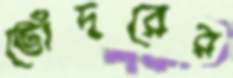
ভোঁদরের